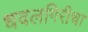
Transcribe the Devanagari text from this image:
धवलगिरीचा